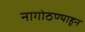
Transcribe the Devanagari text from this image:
नागोठण्याहून